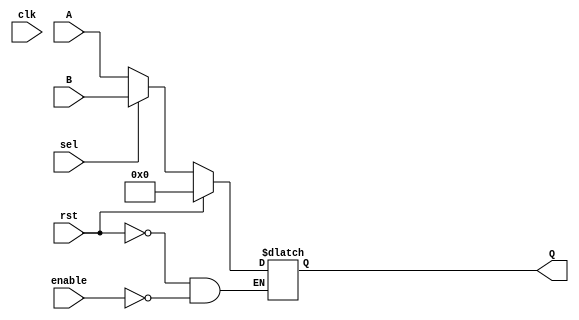
module Mux_2in_1out #(parameter LENGTH = 32)(
    //Multiplexor que elige que es lo que se vera en la salida tx
    //Entradas y salidas del multiplexor
    input clk, rst, enable,
    input [LENGTH-1:0]A, 
    input [LENGTH-1:0]B,
    input sel,
    output reg [LENGTH-1:0]Q
    );

//En que estado nos encontramos para decidir la salida
localparam A_TO_OUT = 1'b0;
localparam B_TO_OUT = 1'b1;


always @*
begin
	if (rst)
		Q <= {LENGTH{1'b0}};
	else
		if (enable)
			case (sel)
			//Envia a tx el valor correspondiente al estado de la FSM en que se encuentra
			A_TO_OUT: Q <= A;
			B_TO_OUT: Q <= B;
			endcase
		else
			Q <= Q;			
end
endmodule